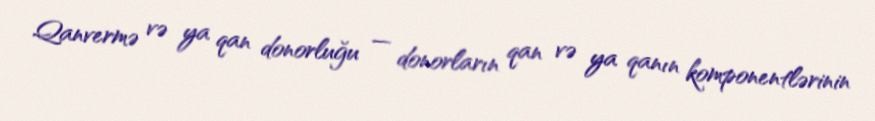
Qanvermə və ya qan donorluğu — donorların qan və ya qanın komponentlərinin